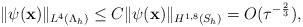
LaTeX: \begin{align*} \|\psi(\mathbf x)\|_{L^{4}(\Lambda_{h})} \leq C \| \psi(\mathbf x)\|_{H^{1,8}(S_h)}=O(\tau^{-\frac{2}{3}}), \end{align*}